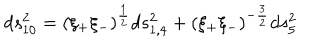
d s _ { 1 0 } ^ { 2 } = ( \xi _ { + } \xi _ { - } ) ^ { \frac { 1 } { 2 } } d s _ { 1 , 4 } ^ { 2 } + ( \xi _ { + } \xi _ { - } ) ^ { - { \frac { 3 } { 2 } } } d s _ { 5 } ^ { 2 }